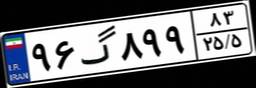
۰۸گ۵۵۹۱۰